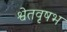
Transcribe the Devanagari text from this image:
श्वेतवृषभ